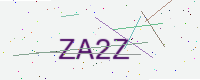
Text: ZA2Z